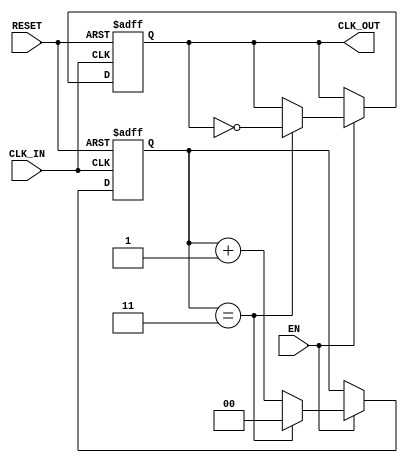
module ClockDividerBuffer #(
    parameter N = 4  // Division factor, must be a positive integer
)(
    input wire CLK_IN,   // Input clock signal
    input wire RESET,    // Reset signal
    input wire EN,       // Enable signal
    output reg CLK_OUT    // Output divided clock signal
);

    // Internal counter
    reg [$clog2(N)-1:0] counter; // Counter width based on division factor

    // Always block triggered on the rising edge of the input clock
    always @(posedge CLK_IN or posedge RESET) begin
        if (RESET) begin
            counter <= 0;      // Reset counter
            CLK_OUT <= 0;      // Reset output clock
        end else if (EN) begin
            if (counter == N-1) begin
                counter <= 0;   // Reset counter
                CLK_OUT <= ~CLK_OUT; // Toggle output clock
            end else begin
                counter <= counter + 1; // Increment counter
            end
        end
    end

endmodule